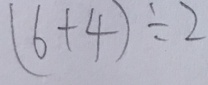
( 6 + 4 ) \div 2